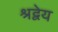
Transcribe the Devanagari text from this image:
श्रद्वेय